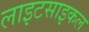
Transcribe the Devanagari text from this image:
लाइटसाइकल